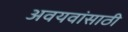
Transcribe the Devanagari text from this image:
अवयवांसाठी